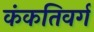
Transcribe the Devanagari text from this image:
कंकतिवर्ग